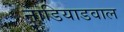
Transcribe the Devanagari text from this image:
नाडियाडवाल